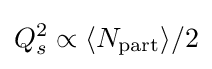
Q_{s}^{2}\propto \langle N_{\mathrm {part} }\rangle /2